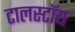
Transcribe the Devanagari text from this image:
टालस्टॉय